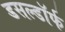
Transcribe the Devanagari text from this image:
डसल्डॉर्फ